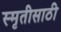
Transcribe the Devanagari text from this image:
स्मृतीसाठी